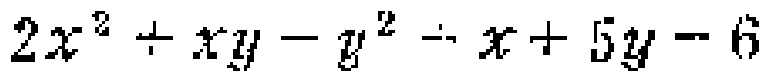
$2x^{2}+xy - y^{2}-x + 5y - 6$